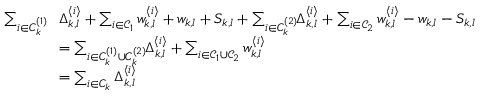
\begin{array} { r l } { \sum _ { i \in C _ { k } ^ { ( 1 ) } } \! \! } & { \Delta _ { k , l } ^ { \langle i \rangle } + \sum _ { i \in \mathcal { C } _ { 1 } } w _ { k , l } ^ { \langle i \rangle } + w _ { k , l } + S _ { k , l } + \sum _ { i \in C _ { k } ^ { ( 2 ) } } \! \! \Delta _ { k , l } ^ { \langle i \rangle } + \sum _ { i \in \mathcal { C } _ { 2 } } w _ { k , l } ^ { \langle i \rangle } - w _ { k , l } - S _ { k , l } } \\ & { = \sum _ { i \in C _ { k } ^ { ( 1 ) } \cup C _ { k } ^ { ( 2 ) } } \! \! \Delta _ { k , l } ^ { \langle i \rangle } + \sum _ { i \in \mathcal { C } _ { 1 } \cup \mathcal { C } _ { 2 } } w _ { k , l } ^ { \langle i \rangle } } \\ & { = \sum _ { i \in C _ { k } } \Delta _ { k , l } ^ { \langle i \rangle } } \end{array}